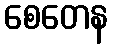
စေတေန